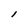
Character: l